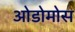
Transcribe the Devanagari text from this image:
ओडोमोस